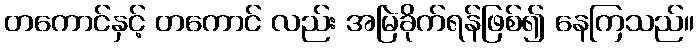
တကောင်နှင့် တကောင် လည်း အမြဲခိုက်ရန်ဖြစ်၍ နေကြသည်။